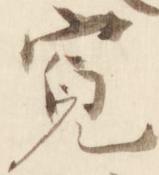
寛